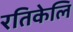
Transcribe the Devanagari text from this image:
रतिकेलि